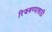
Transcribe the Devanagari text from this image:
रिझवण्यासाठी